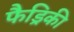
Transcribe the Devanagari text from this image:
फैड्रिकी